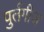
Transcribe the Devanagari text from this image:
पुर्तगीज